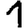
Digit: 1